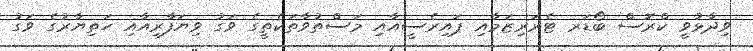
ވިދާޅުވީ ކްރޮސް ބޯޑަރ ޓެރަރިޒަމާއި ޕައިރެސީއާއި މަސްތުވާތަކެތީގެ ވަގު ވިޔަފާރިއާއި ހަތިޔާރުގެ ވަގު